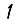
Digit: 1